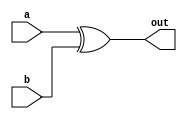
module exor(output out,input a,b);
	reg temp ;
	assign out = temp;
	always@(a,b) begin
	temp = a ^ b;
	end
endmodule